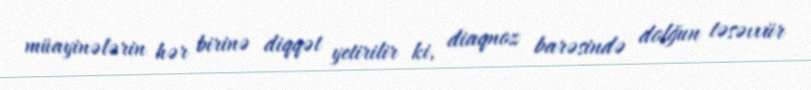
müayinələrin hər birinə diqqət yetirilir ki, diaqnoz barəsində dolğun təsəvvür